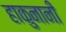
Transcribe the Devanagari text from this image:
हाकुनानी